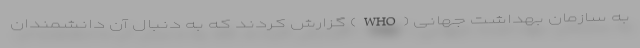
به سازمان بهداشت جهانی (WHO) گزارش کردند که به دنبال آن دانشمندان